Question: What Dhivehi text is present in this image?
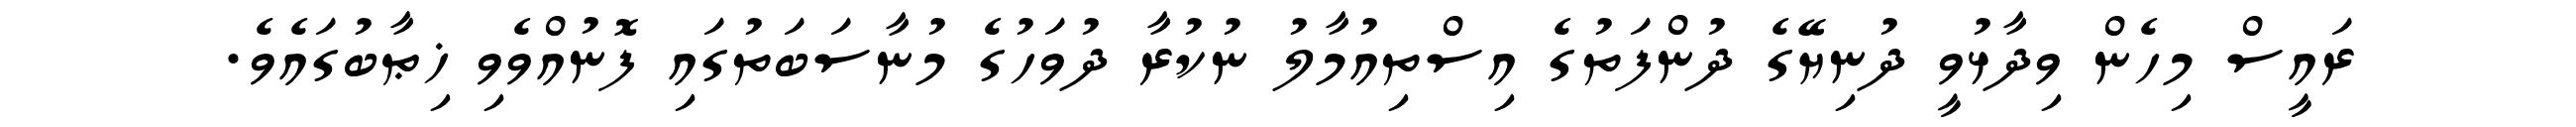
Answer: ރައީސް މިހެން ވިދާޅުވީ ދުނިޔޭގެ ދުންފަތުގެ އިސްތިއުމާލު ނުކުރާ ދުވަހުގެ މުނާސަބަތުގައި ފޮނުއްވެވި ޚިޠާބުގައެވެ.